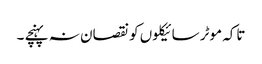
تاکہ موٹر سائیکلوں کو نقصان نہ پہنچے ۔